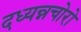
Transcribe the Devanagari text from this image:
दध्यन्नचोरो